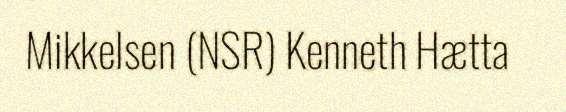
Mikkelsen (NSR) Kenneth Hætta